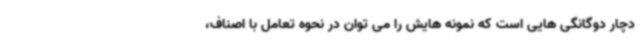
دچار دوگانگی هایی است که نمونه هایش را می توان در نحوه تعامل با اصناف،